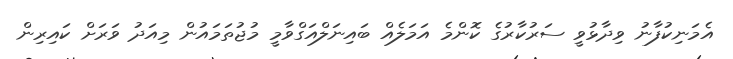
އެމަނިކުފާނު ވިދާޅުވީ ސަރުކާރުގެ ކޮންމެ އަމަލެއް ބައިނަލްއަގްވާމީ މުޖުތަމައުން މިއަދު ވަރަށް ކައިރިން